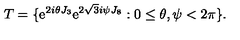
T = \{ \mathrm { e } ^ { 2 i \theta J _ { 3 } } \mathrm { e } ^ { 2 \sqrt { 3 } i \psi J _ { 8 } } : 0 \leq \theta , \psi < 2 \pi \} .